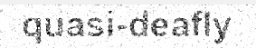
quasi-deafly